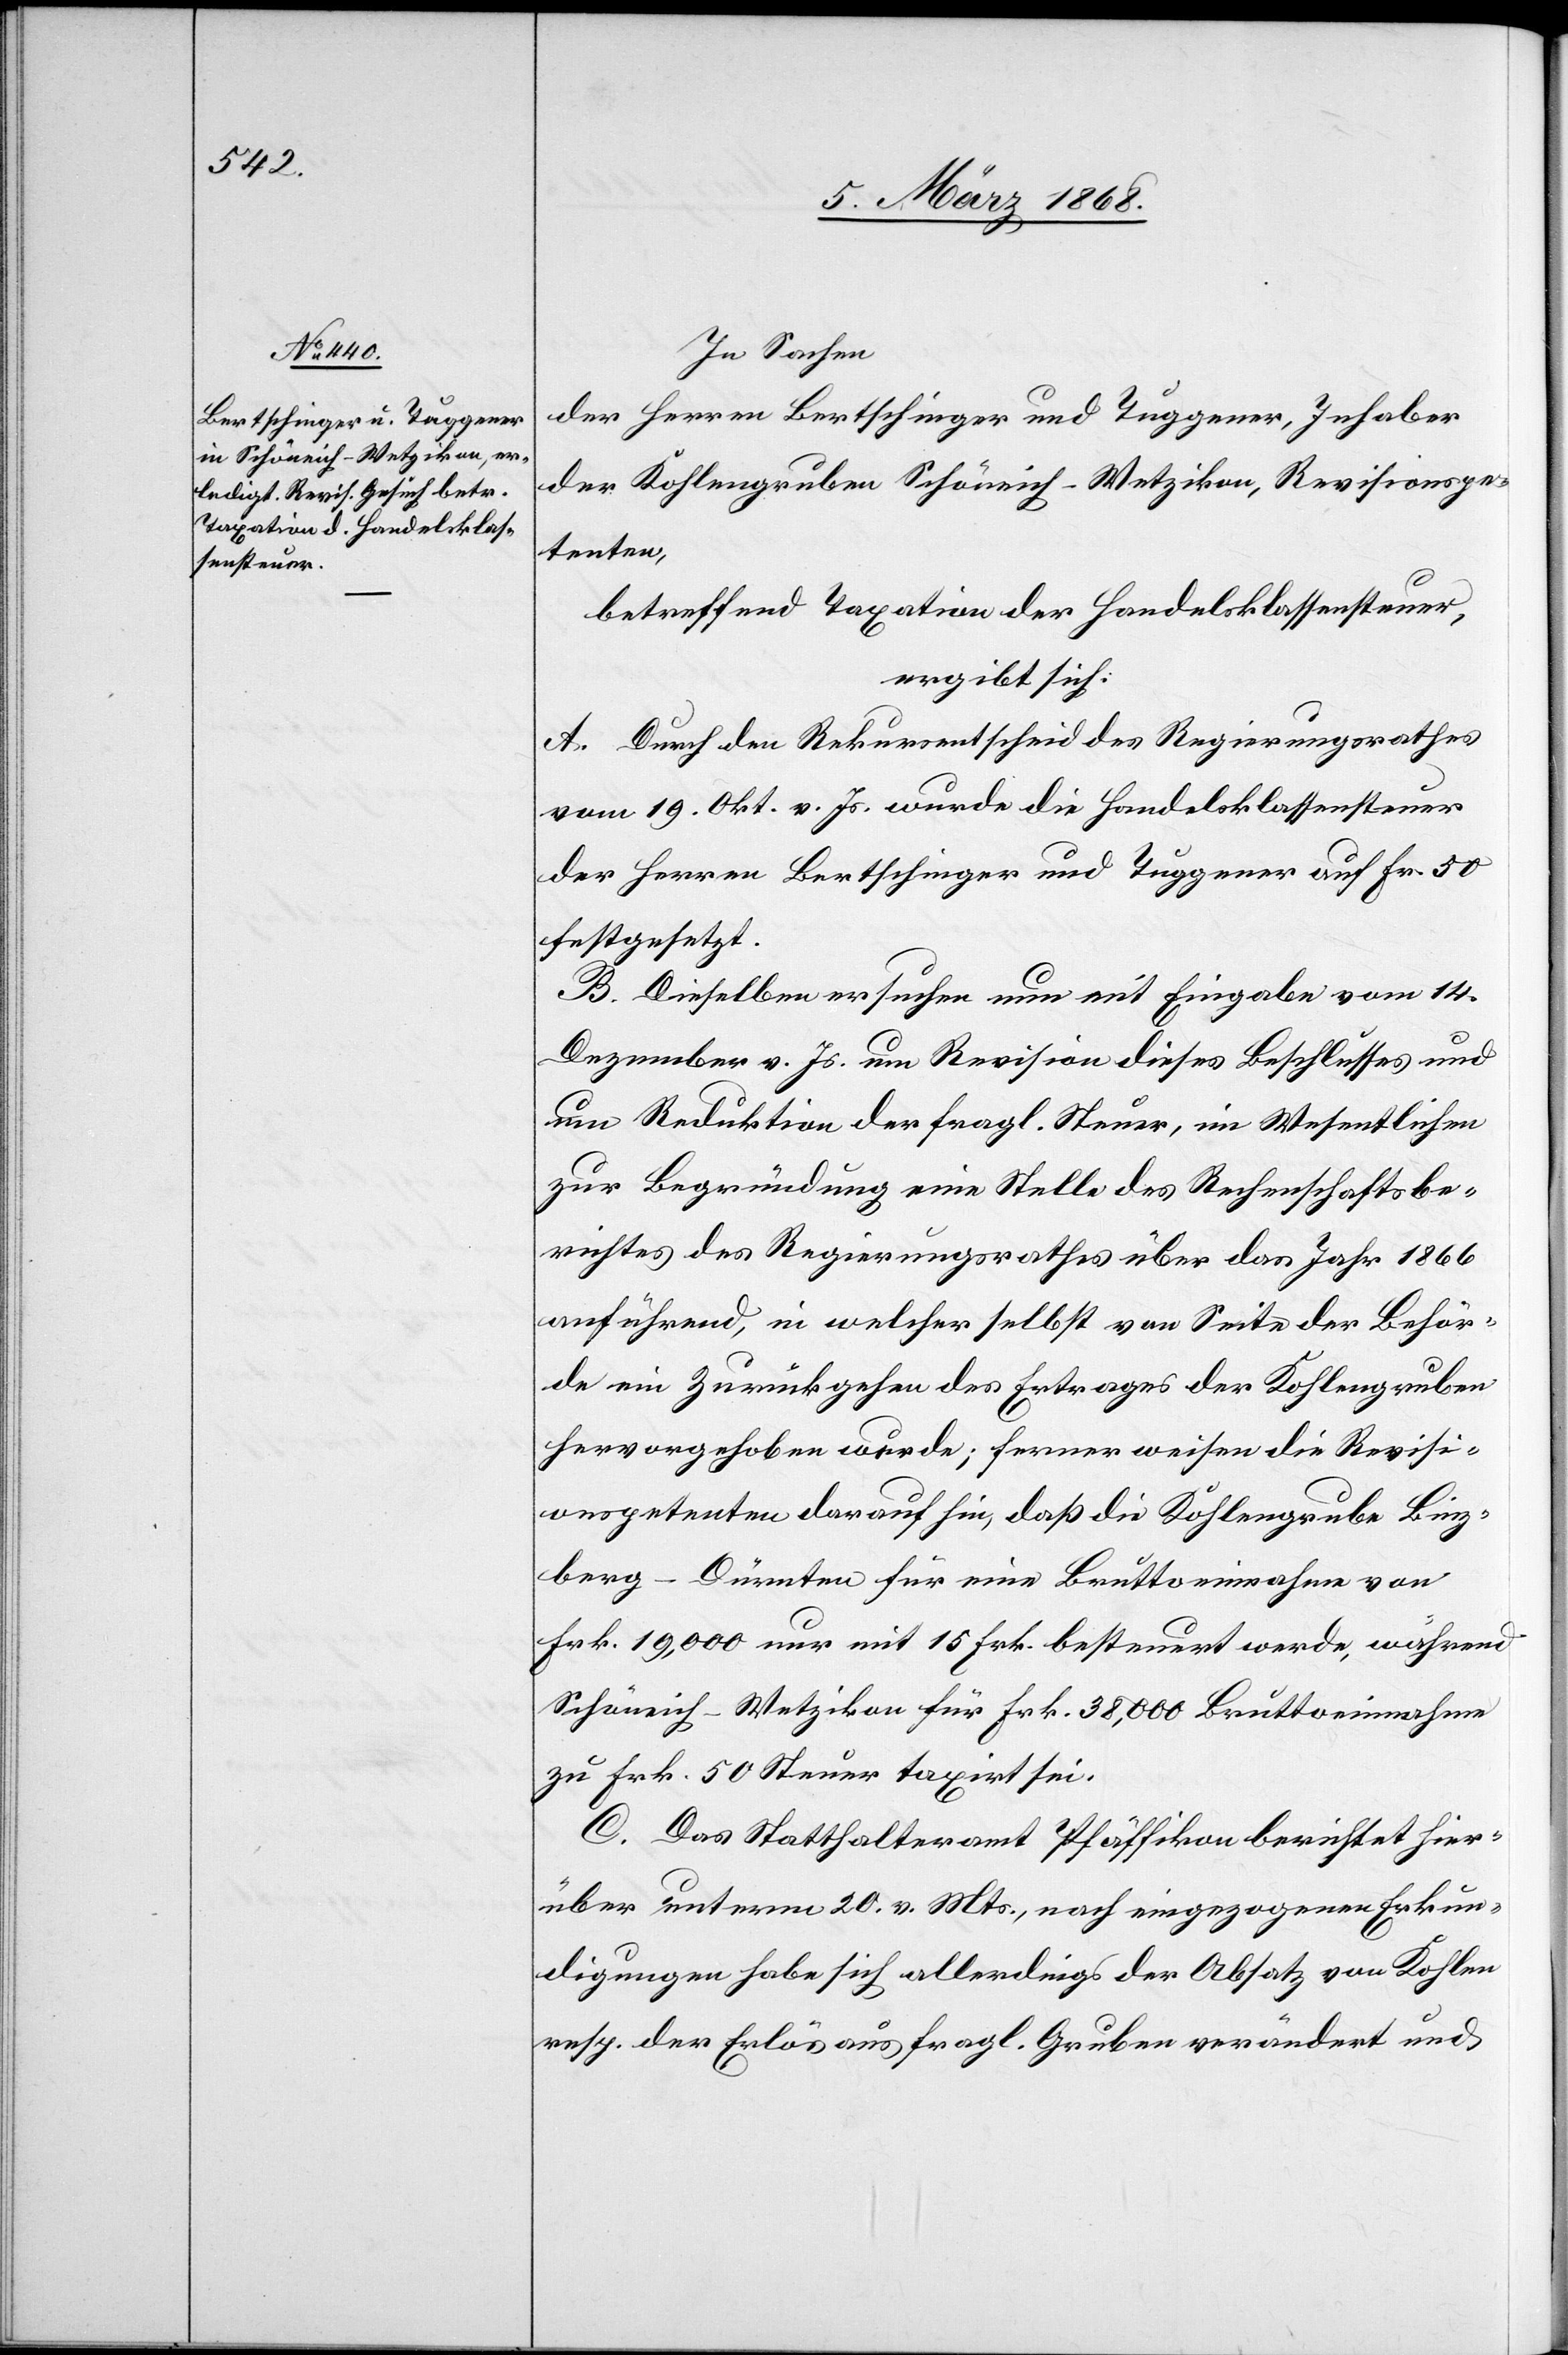
In Sachen
der Herren Bertschinger und Tuggener, Inhaber
der Kohlengruben Schöneich-Wetzikon, Revisionspe¬
tenten,
betreffend Taxation der Handelsklassensteuer,
ergibt sich:
A. Durch den Rekursentscheid des Regierungsrathes
vom 19. Okt. v. Js. wurde die Handelsklassensteuer
der Herren Bertschinger und Tuggener auf Fr. 50
festgesetzt.
B. Dieselben ersuchen nun mit Eingabe vom 14.
Dezember v. Js. um Revision dieses Beschlusses und
um Reduktion der fragl. Steuer, im Wesentlichen
zur Begründung eine Stelle des Rechenschaftsbe¬
richtes des Regierungsrathes über das Jahr 1866
anführend, in welcher selbst von Seite der Behör¬
de ein Zurückgehen des Ertrages der Kohlengruben
hervorgehoben wurde; ferner weisen die Revisi¬
onspetenten darauf hin, daß die Kohlengrube Binz¬
berg-Dürnten für eine Bruttoeinnahme von
Frk. 19,000 nur mit 15 Frk. besteuert werde, während
Schöneich-Wetzikon für Frk. 38,000 Bruttoeinnahme
zu Frk. 50 Steuer taxirt sei.
C. Das Statthalteramt Pfäffikon berichtet hier¬
über unterm 20. v. Mts., nach eingezogenen Erkun¬
digungen habe sich allerdings der Absatz von Kohlen
resp. der Erlös aus fragl. Gruben verändert und